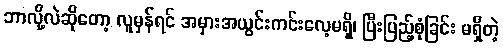
ဘာလို့လဲဆိုတော့ လူမှန်ရင် အမှားအယွင်းကင်းလေ့မရှိ၊ ပြီးပြည့်စုံခြင်း မရှိတဲ့